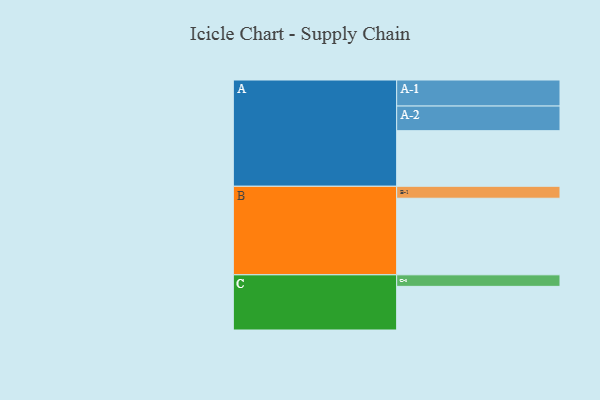
{"axis": {"x": "Segment", "y": "Value"}, "legend": ["", "A", "B", "C"], "data": [{"x": "A", "y": 395, "type": ""}, {"x": "B", "y": 544, "type": ""}, {"x": "C", "y": 310, "type": ""}, {"x": "A-1", "y": 185, "type": "A"}, {"x": "A-2", "y": 175, "type": "A"}, {"x": "B-1", "y": 85, "type": "B"}, {"x": "C-1", "y": 82, "type": "C"}]}